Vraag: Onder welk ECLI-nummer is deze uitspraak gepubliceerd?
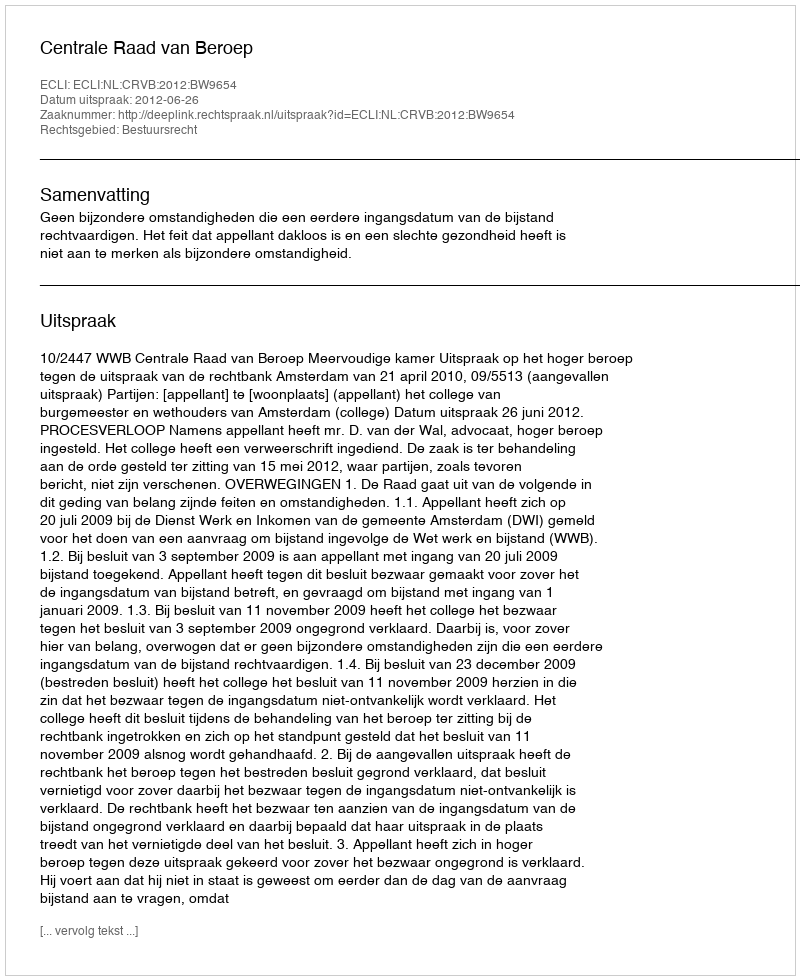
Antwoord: ECLI:NL:CRVB:2012:BW9654